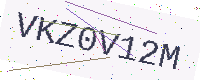
Text: VKZ0V12M